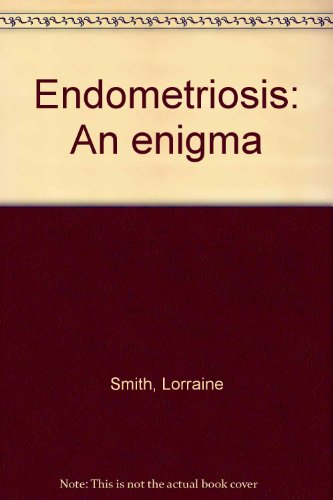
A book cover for Endometriosis: An enigma; Lorraine Smith; Health, Fitness & Dieting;